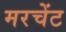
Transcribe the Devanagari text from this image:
मरचेंट